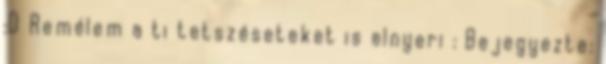
:D Remélem a ti tetszéseteket is elnyeri : Bejegyezte: